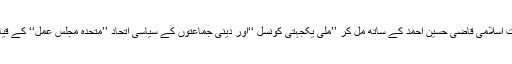
مولانا سمیع الحق نے مختلف مکاتب فکر کو ایک پلیٹ فارم پر جمع کرنے کے لئے سابق امیر جماعت اسلامی قاضی حسین احمد کے ساتھ مل کر ’’ملی یکجہتی کونسل ‘‘اور دینی جماعتوں کے سیاسی اتحاد ’’متحدہ مجلس عمل‘‘ کے قیام میں اہم کردار ادا کیا تاہم وہ بعض اختلافات کے باعث بعد ازاں ایم ایم اے سے علیحدہ ہو گئے تھے۔